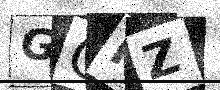
Text: GCFZ